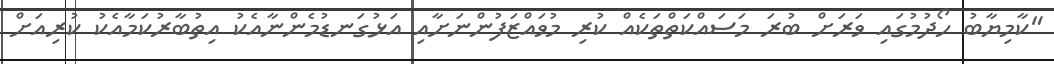
"ކާމިޔާބު ހޯދުމުގައި ވަރަށް ބުރަ މަސައްކަތްތަކެއް ކުރި މުވައްޒަފުންނަށާއި އަޅުގަނޑުމެންނާއެކު އިތުބާރުކަމާއެކު ކުރިއަށް